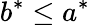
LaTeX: b^{*}\leq a^{*}